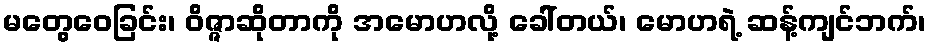
မတွေဝေခြင်း၊ ဝိဇ္ဇာဆိုတာကို အမောဟလို့ ခေါ်တယ်၊ မောဟရဲ့ ဆန့်ကျင်ဘက်၊